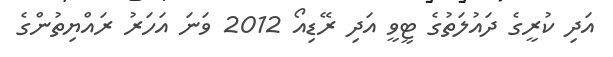
އަދި ކުރީގެ ދައުލަތުގެ ޓީވީ އަދި ރޭޑިއޯ 2012 ވަނަ އަހަރު ރައްޔިތުންގެ